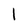
Character: 1